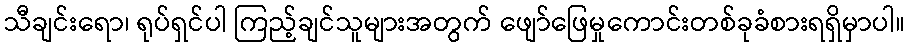
သီချင်းရော၊ ရုပ်ရှင်ပါ ကြည့်ချင်သူများအတွက် ဖျော်ဖြေမှုကောင်းတစ်ခုခံစားရရှိမှာပါ။